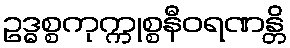
ဥဒ္ဓစ္စကုက္ကုစ္စနီဝရဏန္တိ